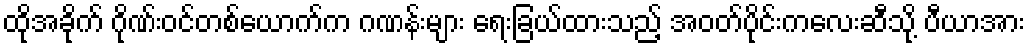
ထိုအခိုက် ဂိုဏ်းဝင်တစ်ယောက်က ဂဏန်းများ ရေးခြယ်ထားသည့် အဝတ်ပိုင်းကလေးဆီသို့ ပီယာအား